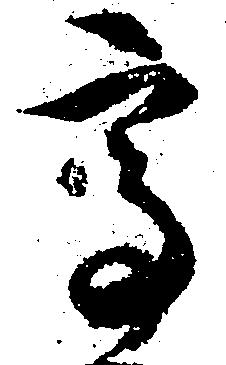
高